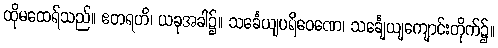
ထိုမထေရ်သည်။ ဧတရဟိ၊ ယခုအခါ၌။ သင်္ခေယျပရိဝေဏေ၊ သင်္ချေယျကျောင်းတိုက်၌။